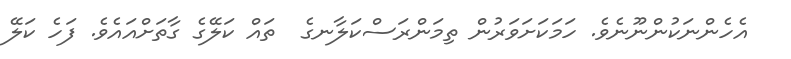
އެހެންނަކުންނޫނެވެ. ހަމަކަށަވަރުން ތިމަންރަސްކަލާނގެ  ތައް ކަލޭގެ ގާތަށްއައެވެ. ފަހެ ކަލޭ